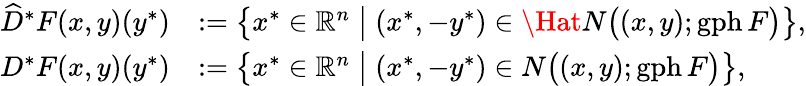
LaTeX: \begin{array}{rl}{\widehat{D}^{\ast}F(x,y)(y^{\ast})}&{:=\big\{ x^{\ast}\in{\mathbb{R}^{n}}\; \big|\; (x^{\ast},-y^{\ast})\in\Hat{N}\big((x,y);\operatorname{gph}F\big)\big\} ,}\\ {{D}^{\ast}F(x,y)(y^{\ast})}&{:=\big\{ x^{\ast}\in{\mathbb{R}^{n}}\; \big|\; (x^{\ast},-y^{\ast})\in N\big((x,y);\operatorname{gph}F\big)\big\} ,}\end{array}